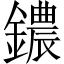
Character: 𫓒